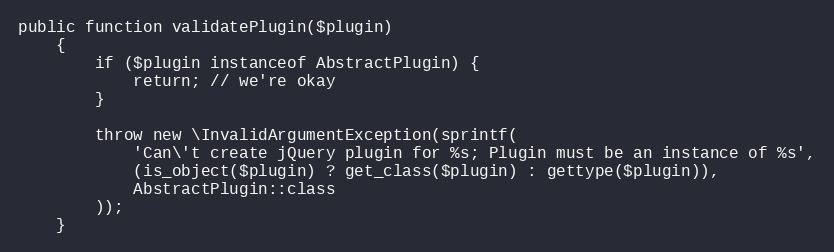
Language: PHP
public function validatePlugin($plugin)
    {
        if ($plugin instanceof AbstractPlugin) {
            return; // we're okay
        }

        throw new \InvalidArgumentException(sprintf(
            'Can\'t create jQuery plugin for %s; Plugin must be an instance of %s',
            (is_object($plugin) ? get_class($plugin) : gettype($plugin)),
            AbstractPlugin::class
        ));
    }